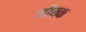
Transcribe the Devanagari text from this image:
सौख्क